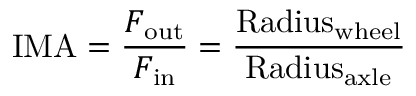
\mathrm { I M A } = { \frac { F _ { \mathrm { o u t } } } { F _ { \mathrm { i n } } } } = { \frac { \mathrm { R a d i u s } _ { \mathrm { w h e e l } } } { \mathrm { R a d i u s } _ { \mathrm { a x l e } } } }